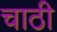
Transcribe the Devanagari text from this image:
चाठी